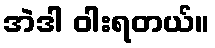
အဲဒါ ဝါးရတယ်။